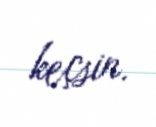
keçsin.